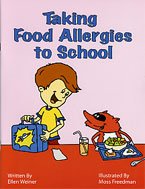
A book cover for Taking Food Allergies to School...Coloring Book (Special Kids in School); Ellen Weiner; Health, Fitness & Dieting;